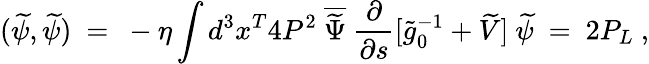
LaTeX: (\widetilde\psi,\widetilde\psi)\ =\ -\eta\int d^{3}x^{T}4P^{2}\ \overline{{{\widetilde\Psi}}}\ \frac{\partial}{\partial s}[\widetilde g_{0}^{-1}+\widetilde V]\ \widetilde\psi\ =\ 2P_{L}\ ,